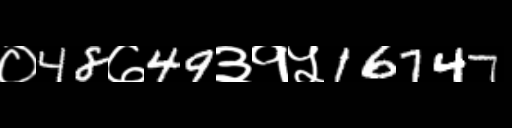
Text: ०48७49३१५16747